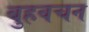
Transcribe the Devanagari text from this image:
बुहवचन